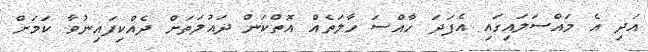
އަދި އެ މައްސަލައިގައި އެފަދަ ހާއްސަ ހާލަތެއް އޮތްކަން ދައުލަތަށް ދެއްކިފައިނުވާ ކަމަށް